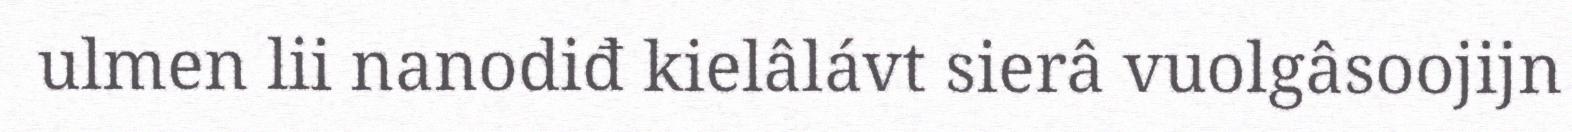
ulmen lii nanodiđ kielâlávt sierâ vuolgâsoojijn